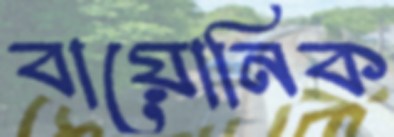
বায়োনিক